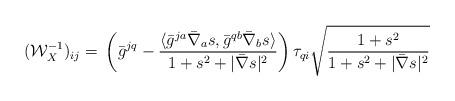
LaTeX: \begin{align*} (\mathcal{W}_X^{-1})_{ij} =&~\left(\bar{g}^{jq}-\frac{\langle \bar{g}^{ja}\bar{\nabla}_as,\bar{g}^{qb}\bar{\nabla}_bs\rangle}{1+s^2+|\bar{\nabla}s|^2}\right)\tau_{qi}\sqrt{\frac{1+s^2}{1+s^2+|\bar{\nabla}s|^2}}\end{align*}